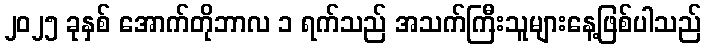
၂၀၂၅ ခုနှစ် အောက်တိုဘာလ ၁ ရက်သည် အသက်ကြီးသူများနေ့ဖြစ်ပါသည်